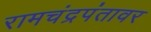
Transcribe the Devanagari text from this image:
रामचंद्रपंतावर